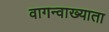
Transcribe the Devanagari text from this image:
वागन्वाख्याता